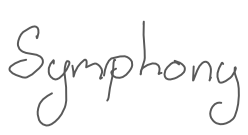
Text: Symphony
Cross-out: clean
Writing tool: digital_gray